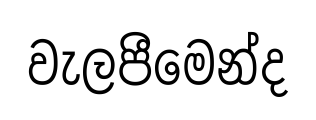
වැලපීමෙන්ද